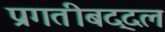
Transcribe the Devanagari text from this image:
प्रगतीबद्दल